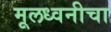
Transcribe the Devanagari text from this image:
मूलध्वनीचा